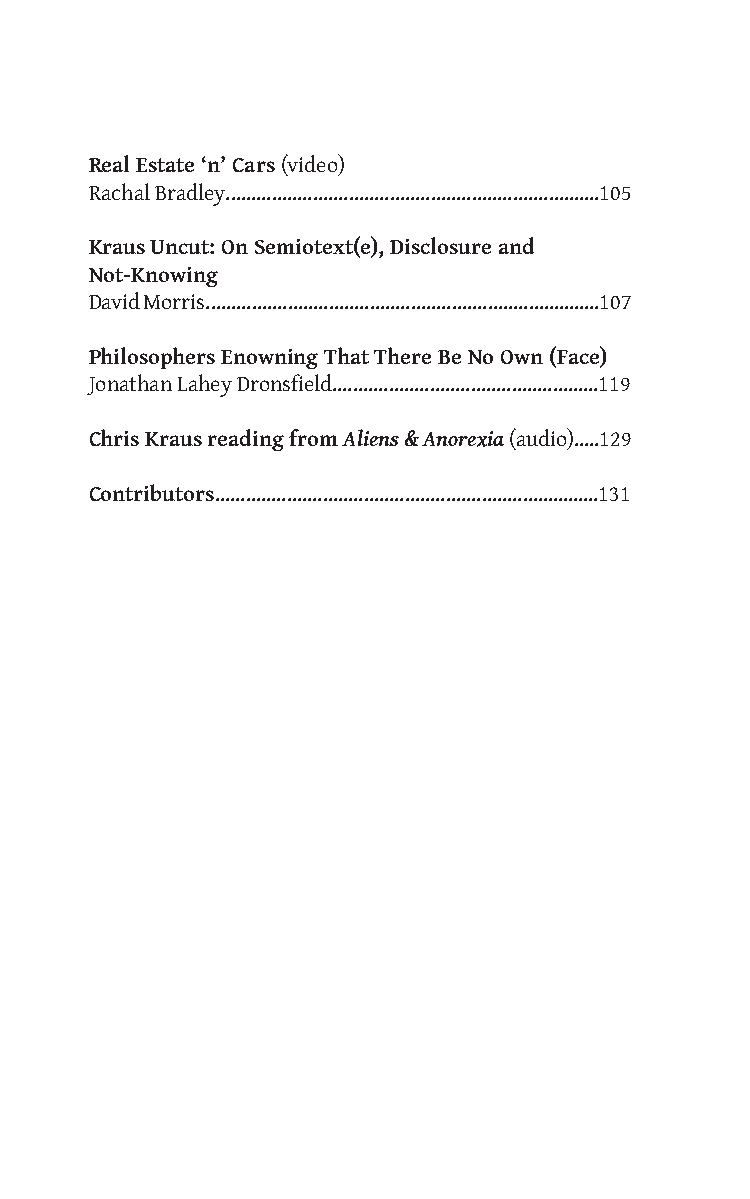
Real Estate ‘n’ Cars (video)
 Rachal Bradley.........................................................................105
 Kraus Uncut: On Semiotext(e), Disclosure and
 Not-Knowing
 David Morris.............................................................................107
 Philosophers Enowning That There Be No Own (Face)
 Jonathan Lahey Dronsfield....................................................119
 Chris Kraus reading from Aliens & Anorexia (audio).....129
 Contributors...........................................................................131